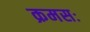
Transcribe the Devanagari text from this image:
क्रमसः